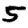
Digit: 5